Report on sanitation, dispensaries, and jails in Rajputana for 1910, and on vaccination for the year 1910-1911 - 1910-1911
Year: 1910
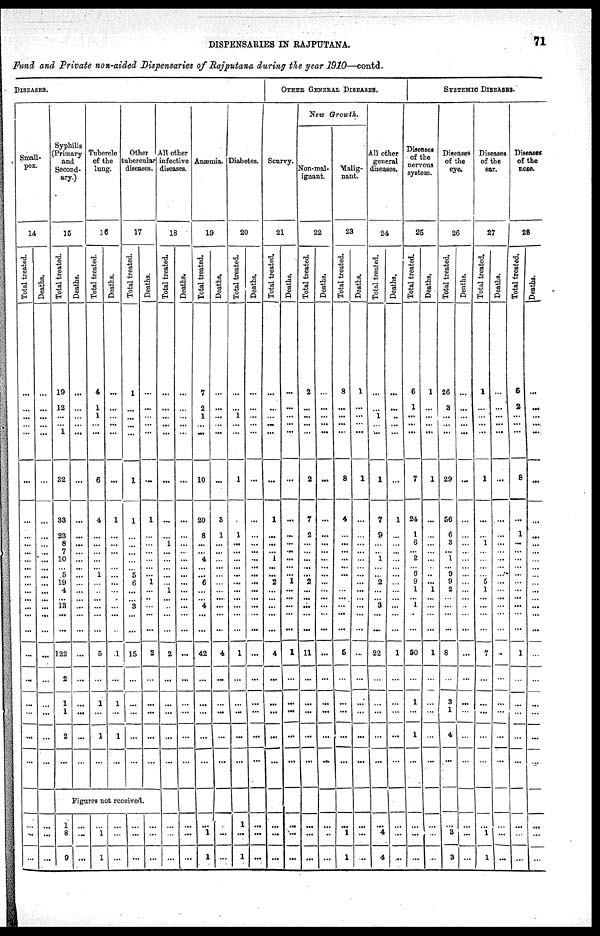
DISPENSARIES IN RAJPUTANA.
71
Fund and Private non-aided Dispensaries of Rajputana during the year 1910—contd.
DISEASES.
Small-
pox.
14
Total treated.
...
...
...
...
...
...
...
...
...
...
...
...
...
...
...
...
...
...
...
...
...
...
...
...
...
...
...
...
Deaths.
...
...
...
...
...
...
...
...
...
...
...
...
...
...
...
...
...
...
...
...
...
...
...
...
...
...
...
...
Syphilis
(Primary
and
Second-
ary.)
15
Total treated.
19
12
...
...
1
32
33
23
8
7
10
...
5
19
4
...
13
...
...
122
2
1
1
2
...
Deaths.
...
...
...
...
...
...
...
...
...
...
...
...
...
...
...
...
...
...
...
...
...
...
...
...
...
Tubercle
of the
lung.
16
Total treated.
4
1
1
...
...
6
4
...
...
...
...
...
1
...
...
...
...
...
...
5
...
1
...
1
...
Deaths.
...
...
...
...
...
...
1
...
...
...
...
...
...
...
...
...
...
...
...
1
...
1
...
1
...
Other
tubercular
diseases.
17
Total treated.
1
...
...
...
...
1
1
...
...
...
...
...
5
6
...
...
3
...
...
15
...
...
...
...
...
Deaths.
...
...
...
...
...
...
1
...
...
...
...
...
...
1
...
...
...
...
...
2
...
...
...
...
...
Figures not received.
1
8
9
...
...
...
...
1
1
...
...
...
...
...
...
...
...
...
All other
infective
diseases.
18
Total treated.
...
...
...
...
...
...
...
...
1
...
...
...
...
...
1
...
...
...
...
2
...
...
...
...
...
...
...
...
Deaths.
...
...
...
...
...
...
...
...
...
...
...
...
...
...
...
...
...
...
...
...
...
...
...
...
...
...
...
...
Anæmia.
19
Total treated.
7
2
1
...
...
10
20
8
...
...
4
...
...
6
...
...
4
...
...
42
...
...
...
...
...
...
1
1
Deaths.
...
...
...
...
...
...
3
1
...
...
...
...
...
...
...
...
...
...
...
4
...
...
...
...
...
...
...
...
Diabetes.
20
Total treated.
...
...
1
...
...
1
...
1
...
...
...
...
...
...
...
...
...
...
...
1
...
...
...
...
...
1
...
1
Deaths.
...
...
...
...
...
...
...
...
...
...
...
...
...
...
...
...
...
...
...
...
...
...
...
...
...
...
...
...
OTHER GENERAL DISEASES.
Scurvy.
21
Total treated.
...
...
...
...
...
...
1
...
...
...
1
...
...
2
...
...
...
...
...
4
...
...
...
...
...
...
...
...
Deaths.
...
...
...
...
...
...
...
...
...
...
...
...
...
1
...
...
...
...
...
1
...
...
...
...
...
...
...
...
New Growth.
Non-mal-
ignant.
22
Total treated.
2
...
...
...
...
2
7
2
...
...
...
...
...
2
...
...
...
...
...
11
...
...
...
...
...
...
...
...
Deaths.
...
...
...
...
...
...
...
...
...
...
...
...
...
...
...
...
...
...
...
...
...
...
...
...
...
...
...
...
Malig-
nant.
23
Total treated.
8
...
...
...
...
3
4
...
...
...
...
...
...
...
...
...
...
...
...
5
...
...
...
...
...
...
1
1
Deaths.
1
...
...
...
...
1
...
...
...
...
...
...
...
...
...
...
...
...
...
...
...
...
...
...
...
...
...
...
All other
general
diseases.
24
Total treated.
...
...
1
...
...
1
7
9
...
...
1
...
...
2
...
...
3
...
...
22
...
...
...
...
...
...
4
4
Deaths.
...
...
...
...
...
...
1
...
...
...
...
...
...
...
...
...
...
...
...
1
...
...
...
...
...
...
...
...
SYSTEMIC DISEASES.
Diseases
of the
nervous
system.
25
Total treated.
6
1
...
...
...
7
24
1
6
...
2
...
6
9
1
...
1
...
...
50
...
1
...
1
...
...
...
...
Deaths.
1
...
...
...
...
1
...
...
...
...
...
...
...
...
1
...
...
...
...
1
...
...
...
...
...
...
...
...
Diseases
of the
eye.
26
Total treated.
26
3
...
...
...
29
56
6
3
...
1
...
9
9
2
...
...
...
...
8
...
3
1
4
...
...
3
3
Deaths.
...
...
...
...
...
...
...
...
...
...
...
...
...
...
...
...
...
...
...
...
...
...
...
...
...
...
...
...
Diseases
of the
ear.
27
Total treated.
1
...
...
...
...
1
...
...
1
...
...
...
...
5
1
...
...
...
...
7
...
...
...
...
...
...
1
1
Deaths.
...
...
...
...
...
...
...
...
...
...
...
...
...
...
...
...
...
...
...
...
...
...
...
...
...
...
...
...
Diseases
of the
nose.
28
Total treated.
6
2
...
...
...
8
...
1
...
...
...
...
...
...
...
...
...
...
...
1
...
...
...
...
...
...
...
...
Deaths.
...
...
...
...
...
...
...
...
...
...
...
...
...
...
...
...
...
...
...
...
...
...
...
...
...
...
...
...